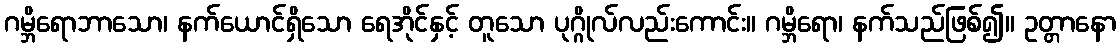
ဂမ္ဘိရောဘာသော၊ နက်ယောင်ရှိသော ရေအိုင်နှင့် တူသော ပုဂ္ဂိုလ်လည်းကောင်း။ ဂမ္ဘိရော၊ နက်သည်ဖြစ်၍။ ဥတ္တာနော